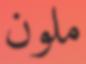
ملون